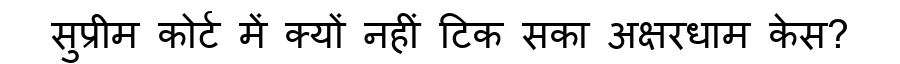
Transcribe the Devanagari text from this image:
सुप्रीम कोर्ट में क्यों नहीं टिक सका अक्षरधाम केस?